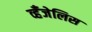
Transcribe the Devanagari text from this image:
व्हँजेलिस